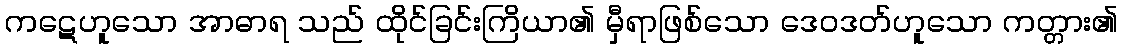
ကဋေဟူသော အာဓာရ သည် ထိုင်ခြင်းကြိယာ၏ မှီရာဖြစ်သော ဒေဝဒတ်ဟူသော ကတ္တား၏